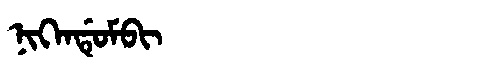
Manchu: ᠨᡳᡴᡝᠨᡩᡠᠮᠪᡳ
Romanization: NIKENDUMBI